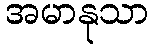
အမာနုသာ